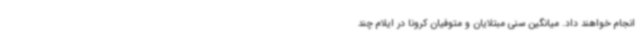
انجام خواهند داد. میانگین سنی مبتلایان و متوفیان کرونا در ایلام چند